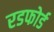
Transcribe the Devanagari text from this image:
रडफोर्ड